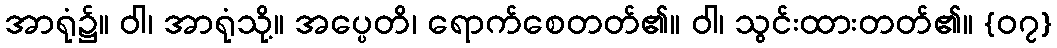
အာရုံ၌။ ဝါ၊ အာရုံသို့။ အပ္ပေတိ၊ ရောက်စေတတ်၏။ ဝါ၊ သွင်းထားတတ်၏။ {၀၇}